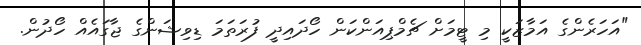
"އަހަރެންގެ އަމާޒަކީ މި ޓީމަށް ޗެމްޕިއަންކަން ހޯދައިދީ ފުރަތަމަ ޑިވިޝަންގެ ޖާގައެއް ހޯދުން.